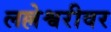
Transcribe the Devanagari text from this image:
लल्लेश्वरीवर